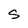
Character: S